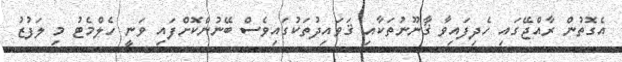
އެގޮތުން ރާއްޖޭގައި ހެދިފައިވާ ޤާނޫނުތަކާއި ޤަވައިދުތަކުގައިވެސް ބޭނުންކޮށްފައި ވަނީ ހެލްމެޓު މި ލަފުޒު